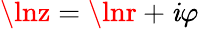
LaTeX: \lnz=\lnr+\mathit{i}\varphi